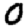
Digit: 0